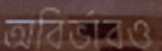
অবির্ভাবও